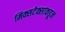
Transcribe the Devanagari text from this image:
मिक्सटेक्सांकडून